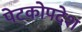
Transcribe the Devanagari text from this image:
पेटकोपदेश